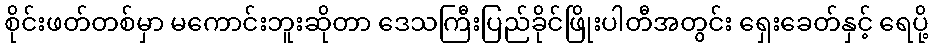
စိုင်းဖတ်တစ်မှာ မကောင်းဘူးဆိုတာ ဒေသကြီးပြည်ခိုင်ဖြိုးပါတီအတွင်း ရှေးခေတ်နှင့် ရေပို့